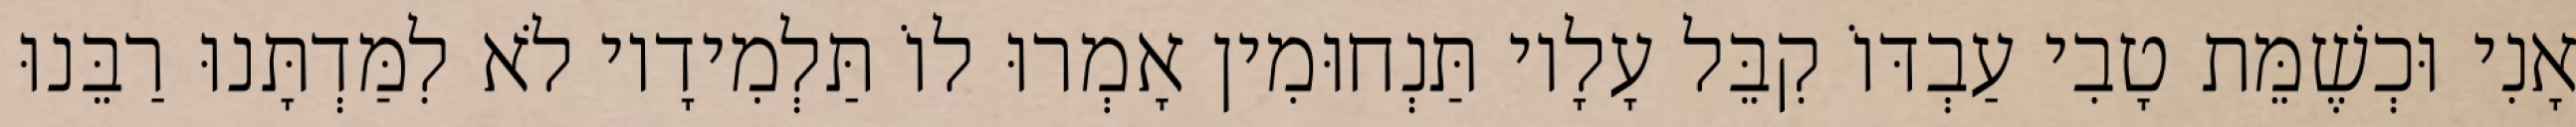
אָנִי וּכְשֶׁמֵּת טָבִי עַבְדּוֹ קִבֵּל עָלָיו תַּנְחוּמִין אָמְרוּ לוֹ תַּלְמִידָיו לֹא לִמַּדְתָּנוּ רַבֵּנוּ